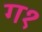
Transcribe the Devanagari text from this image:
ग१